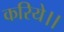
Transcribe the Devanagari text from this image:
करिये।।